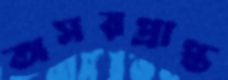
অসরপ্রাপ্ত